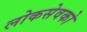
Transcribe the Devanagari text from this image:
लोकसेवको